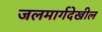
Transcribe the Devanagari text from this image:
जलमार्गदेखील